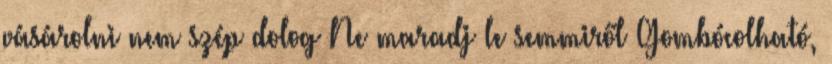
vásárolni nem szép dolog Ne maradj le semmiről Gombócolható,